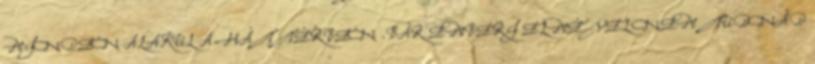
MINDEN ALAKUL A HÁTTÉRBEN .BÁR EMBERI ELMÉVEL NEM TUDNÁD